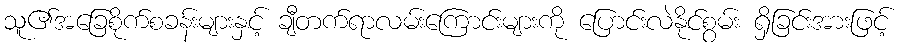
သူ၏အခြေစိုက်စခန်းများနှင့် ချီတက်ရာလမ်းကြောင်းများကို ပြောင်းလဲနိုင်စွမ်း ရှိခြင်းအားဖြင့်